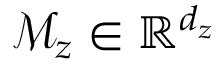
\mathcal { M } _ { z } \in \mathbb { R } ^ { d _ { z } }